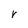
Character: r